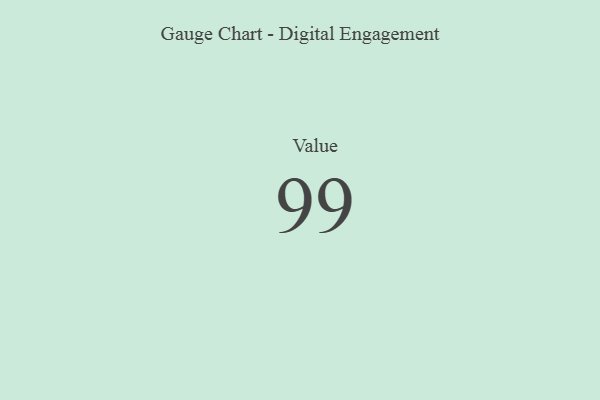
{"axis": {"x": "Metric", "y": "Value"}, "legend": [""], "data": [{"x": "Value", "y": 99, "type": ""}]}